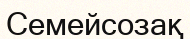
Семейсозақ